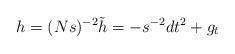
LaTeX: \begin{align*}h=(Ns)^{-2}\tilde{h}=-s^{-2}dt^2+g_t\end{align*}